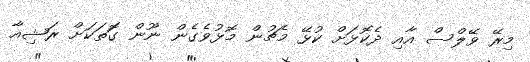
މިރޭ ވޭލްސް އާއި ދެކޮޅަށް ކުޅޭ މެޗުން މޮޅުވެގެން ނޫން ގޮަތަކަށް ރަޝިއާ